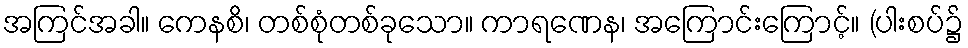
အကြင်အခါ။ ကေနစိ၊ တစ်စုံတစ်ခုသော။ ကာရဏေန၊ အကြောင်းကြောင့်။ (ပါးစပ်၌